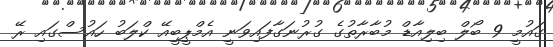
ގައުމީ 9 ބޯލް ބިލިއާޑް މުބާރާތުގެ ގުރުނަގާފައިވަނީ އެމްޕީބީއޭ ކްލަބު ހައުސްގައި ރޭ